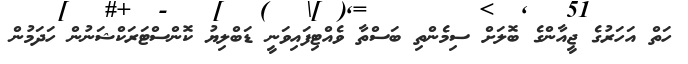
ހަތް އަހަރުގެ ޖީއާންގެ ބޮލަށް ސިމެންތި ބަސްތާ ވެއްޓިފައިވަނީ ޑަބްލިޔު ކޮންސްޓަރަކްޝަނުން ހަދަމުން